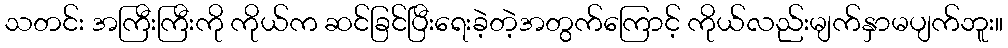
သတင်း အကြီးကြီးကို ကိုယ်က ဆင်ခြင်ပြီးရေးခဲ့တဲ့အတွက်ကြောင့် ကိုယ်လည်းမျက်နှာမပျက်ဘူး။